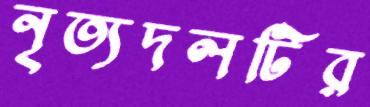
নৃত্যদলটির